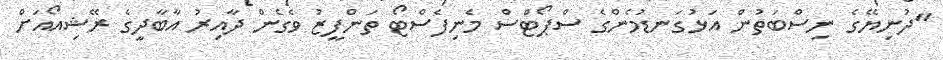
"ދުނިޔޭގެ ނިސްބަތުން އަޅުގަނޑުމެންގެ ސްޕޯޓްސް މެނިފެސްޓޯ ތަންފީޒު ވެގެން ދާއިރު އާބާދީގެ ރޭޝިއޯއަށް